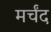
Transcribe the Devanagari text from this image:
मर्चंद